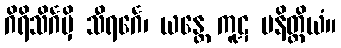
ဂိရိသိင်္ဂမှိ သီရင်္ဂေ၊ ယန္တေ ကူဋ မနိတ္ထိယံ။